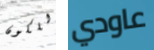
للكون عاودي